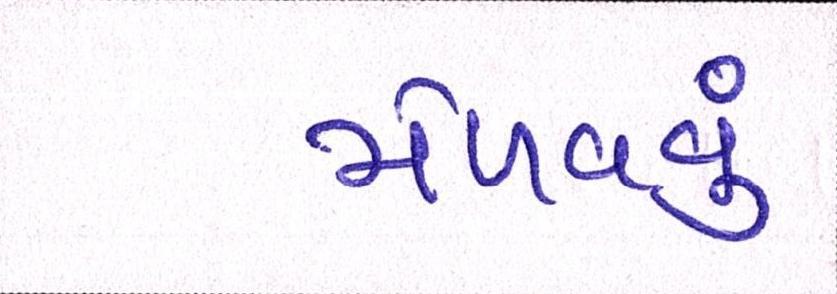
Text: મેળવવું